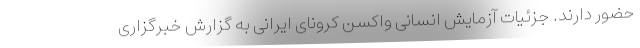
حضور دارند. جزئیات آزمایش انسانی واکسن کرونای ایرانی به گزارش خبرگزاری